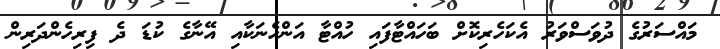
މައްސަރުގެ ދުވަސްވަރު އެކަހެރިކޮށް ބަހައްޓާފައި ހުއްޓާ އަންހެނަކާއި އޭނާގެ ކުޑަ ދެ ފިރިހެންދަރިން